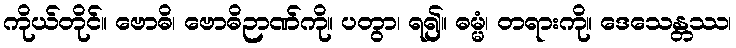
ကိုယ်တိုင်။ ဗောဓိ၊ ဗောဓိဉာဏ်ကို။ ပတွာ၊ ရ၍။ ဓမ္မံ၊ တရားကို။ ဒေသေန္တဿ၊